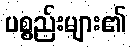
ပစ္စည်းများ၏